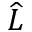
\widehat { L }